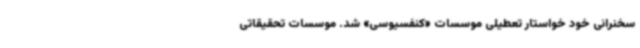
سخنرانی خود خواستار تعطیلی موسسات «کنفسیوسی» شد. موسسات تحقیقاتی